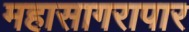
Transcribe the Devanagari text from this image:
महासागरापार